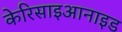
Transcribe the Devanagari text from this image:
केरिसाइआनाइड